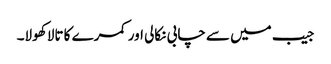
جیب میں سے چابی نکالی اور کمرے کا تالا کھولا۔